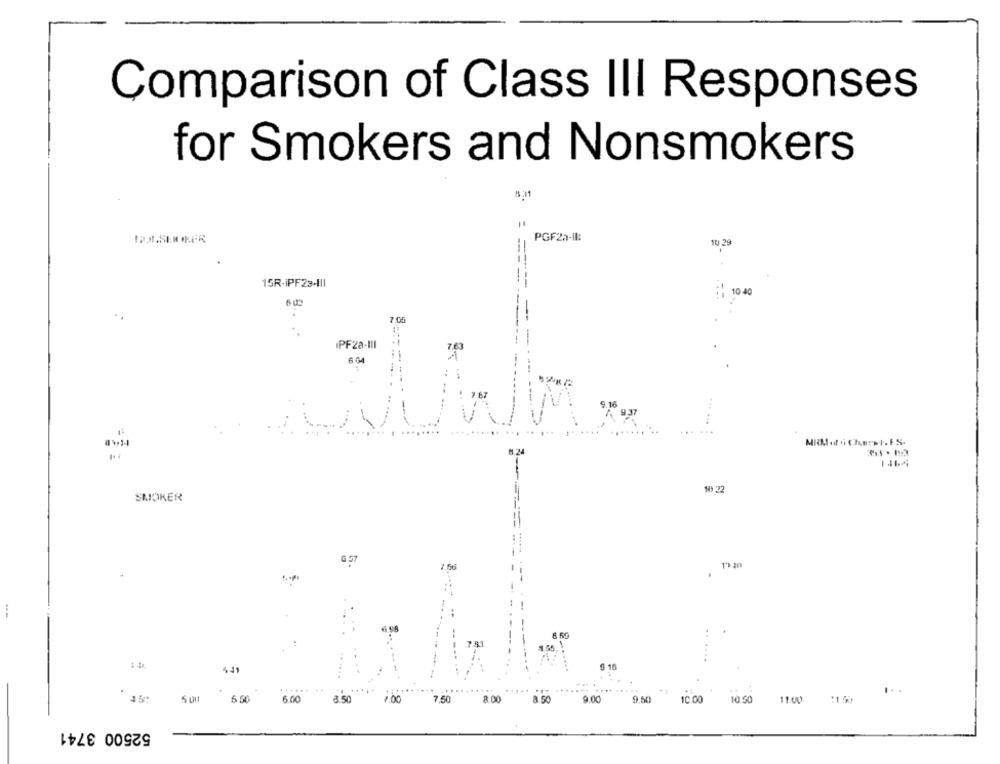
Comparison of Class III Responses
for Smokers and Nonsmokers
8:11
PGF22-Il:
10 29
15R-iPF23-III
---
10-40
+ 48
---
......
MRM of i Che: . +. ES.
101 2
SMOKER
441
....
I ..
6.50
6.00
3.50
1.00
7.50
8.50
9.00
0.50
10.50
11.00
52500 3741